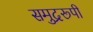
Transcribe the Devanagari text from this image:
समुद्ररूपी